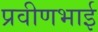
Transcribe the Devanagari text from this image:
प्रवीणभाई